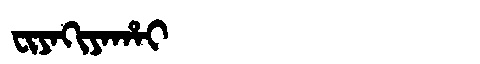
Manchu: ᠸᡳᠶᠠᡴᡳᠶᠠᡥᠠᡳ
Romanization: FIYAKIYAHAI